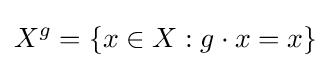
X^{g}=\{x\in X:g\cdot x=x\}